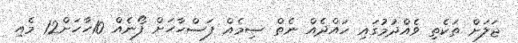
ޖަލަށް ތަކެތި ވެއްދުމުގައި ހައްދެއް ނެތް ސިމެއް ފަސްހާހަށް ފޯނެއް 10ހާހަށް12 މެއި